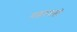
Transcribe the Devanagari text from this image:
मक्कावासी